Insane asylums in Bengal annual reports 1867-1875 - 1867-1875
Year: 1867
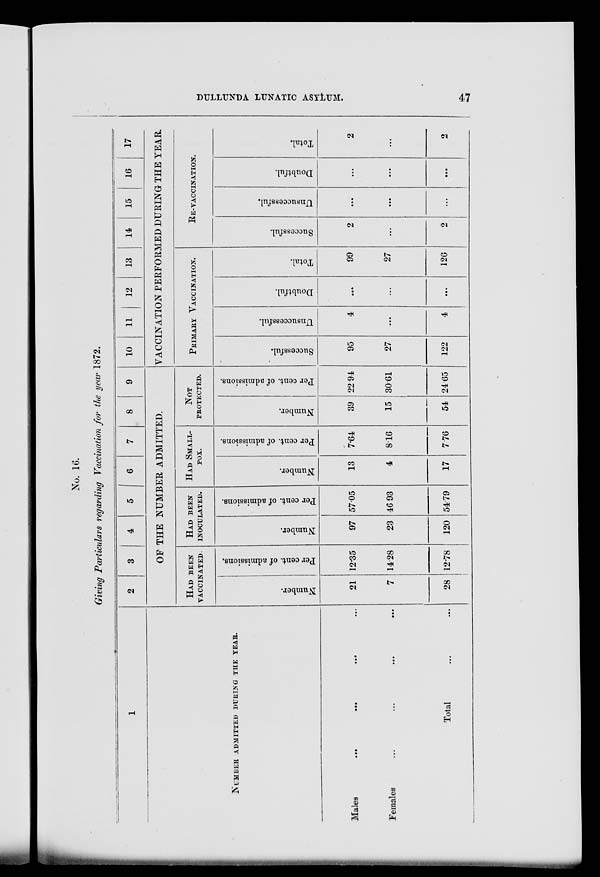
DULLUNDA LUNATIC ASYLUM.
47
No. 16.
Giving Particulars regarding Vaccination for the year 1872.
1
NUMBER ADMITTED DURING THE YEAR.
Males
...
...
...
Females
...
...
...
Total ... ...
2
3
4
5
6
7
8
9
OF THE NUMBER ADMITTED.
HAD BEEN
VACCINATED.
Number.
21
7
28
Per cent. of admissions.
12.35
14.28
12.78
HAD BEEN
INOCULATED.
Number.
97
23
120
Per cent. of admissions.
57.05
46.93
54.79
HAD SMALL¬
POX.
Number.
13
4
17
Per cent. of admissions.
7.64
8.16
7.76
NOT
PROTECTED.
Number.
39
15
54
Per cent. of admissions.
22.94
30.61
24.65
10
11
12
13
14
15
16
17
VACCINATION PERFORMED DURING THE YEAR.
PRIMARY VACCINATION.
Successful.
95
27
122
Unsuccessful.
4
...
4
Doubtful.
...
...
...
Total.
99
27
126
RE-VACCINATION.
Successful.
2
...
2
Unsuccessful.
...
...
...
Doubtful.
...
...
...
Total.
2
...
2